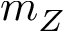
m _ { Z }